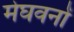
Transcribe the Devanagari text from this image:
मेघवनों